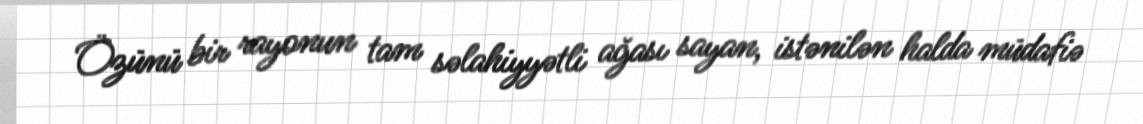
Özünü bir rayonun tam səlahiyyətli ağası sayan, istənilən halda müdafiə